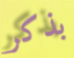
بذكر